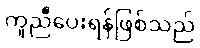
ကူညီပေးရန်ဖြစ်သည်